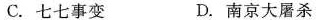
C.七七事变 D.南京大屠杀